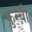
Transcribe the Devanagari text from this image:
कुन्बी